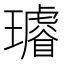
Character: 𤪽